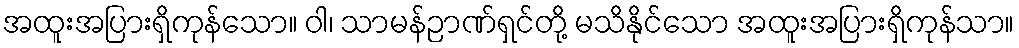
အထူးအပြားရှိကုန်သော။ ဝါ၊ သာမန်ဉာဏ်ရှင်တို့ မသိနိုင်သော အထူးအပြားရှိကုန်သာ။